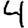
Digit: 4